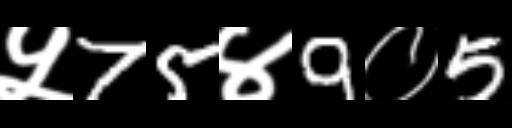
Text: ५75४9०5